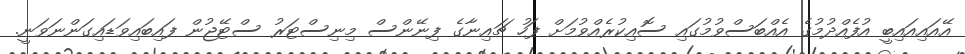
އޭއައިއައިބީ އުފެއްދުމުގެ އެއްބަސްވުމުގައި ސޮއިކުރެއްވުމަށް ފަހު ޗައިނާގެ ފިނޭންސް މިނިސްޓަރު ސްޓޭޖުން ފައިބައިވަޑައިގަންނަވަނީ.